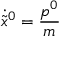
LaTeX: \dot { \tilde { x } } { } ^ { 0 } = \frac { p ^ { 0 } } { m }